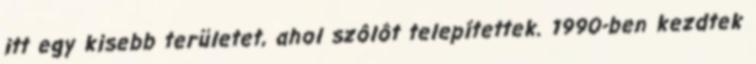
itt egy kisebb területet, ahol szôlôt telepítettek. 1990-ben kezdtek